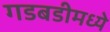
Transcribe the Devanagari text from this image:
गडबडीमध्ये